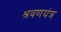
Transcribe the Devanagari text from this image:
श्रवणयंत्र